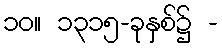
၁၀။ ၁၃၁၅-ခုနှစ်၌ -